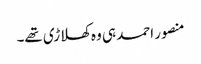
منصور احمد ہی وہ کھلاڑی تھے۔